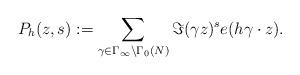
LaTeX: \begin{align*} P_h(z,s) := \sum_{\gamma \in \Gamma_\infty \backslash \Gamma_0(N)} \Im(\gamma z)^s e(h\gamma \cdot z).\end{align*}